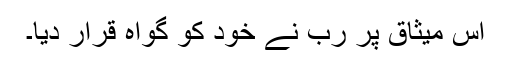
اس میثاق پر رب نے خود کو گواہ قرار دیا۔